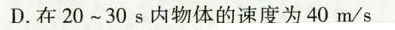
D.在20~30s内物体的速度为40m/s